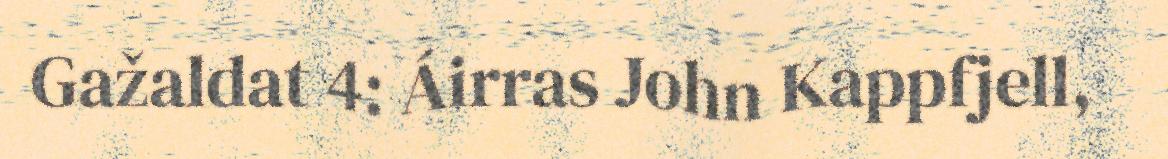
Gažaldat 4: Áirras John Kappfjell,